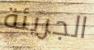
الجريئة